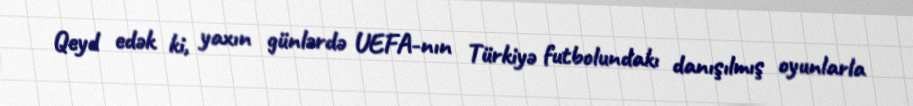
Qeyd edək ki, yaxın günlərdə UEFA-nın Türkiyə futbolundakı danışılmış oyunlarla